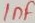
Text: 1nF